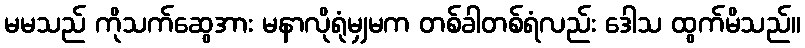
မမသည် ကိုသက်ဆွေအား မနာလိုရုံမျှမက တစ်ခါတစ်ရံလည်း ဒေါသ ထွက်မိသည်။